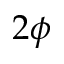
2 \phi